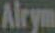
Alrym